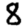
Digit: 8